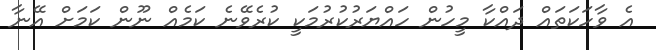
އެ ވާހަކަތައް ދައްކާ މީހުން ހައްޔަރުކުރުމަކީ ކުރެވޭނެ ކަމެއް ނޫން ކަމަށް އޭނާ